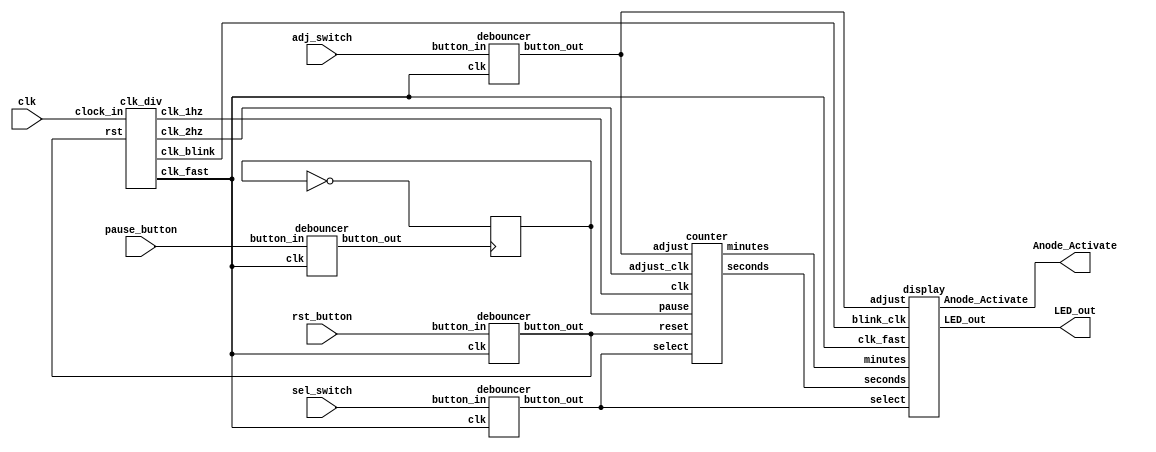
`timescale 1ns / 1ps

module arbiter (
    input wire clk,     // master clock
    input wire rst_button,
    input wire pause_button,
    input wire adj_switch,
    input wire sel_switch,
  	output wire [3:0] Anode_Activate,   // for the 7-segment display
  	output wire [6:0] LED_out   // for the 7-segment display
);

// Debounced inputs
wire pause, adj, sel, rst;

// Clocks
wire clk_2hz, clk_1hz, clk_fast, clk_blink;

// Counter outputs
wire [5:0] minutes, seconds;

// state for pause
reg paused;

// Initialize the pause state
initial begin
    paused = 0;
end

// Clock divider module instantiation
clk_div clk_divider (
    .clock_in(clk),
    .rst(rst),
    .clk_2hz(clk_2hz),
    .clk_1hz(clk_1hz),
    .clk_fast(clk_fast),
    .clk_blink(clk_blink)
);

// Debouncer modules instantiation
debouncer rst_deb (.clk(clk_fast), .button_in(rst_button), .button_out(rst));
debouncer pause_deb (.clk(clk_fast), .button_in(pause_button), .button_out(pause));
debouncer adj_deb (.clk(clk_fast), .button_in(adj_switch), .button_out(adj));
debouncer sel_deb (.clk(clk_fast), .button_in(sel_switch), .button_out(sel));
  

// Counter module instantiation
counter stopwatch_counter (
    .clk(clk_1hz),
    .reset(rst),
    .pause(paused),
    .adjust(adj),
    .select(sel),
    .adjust_clk(clk_2hz),
    .minutes(minutes),
    .seconds(seconds)
);

 //Display instantiation
display display_mux (
    .clk_fast(clk_fast),
    .minutes(minutes),
    .seconds(seconds),
    .adjust(adj),
    .select(sel),
    .blink_clk(clk_blink),
    .Anode_Activate(Anode_Activate),
    .LED_out(LED_out)
);

// Handle the pause functionality with a simple state machine
always @(posedge pause) begin
        paused <= ~paused;  // Toggle pause state on button press
end

endmodule

//MODULES
module clk_div(
input clock_in, // 100 MHz master clock, V10 on board
input rst,
output clk_2hz,
output clk_1hz,
output clk_fast,
output clk_blink
);
 
 reg[27:0] counter_2hz=28'd0;
 reg[27:0] counter_1hz=28'd0;
 reg[27:0] counter_fast=28'd0;
 reg[27:0] counter_blink=28'd0;
 reg clk_2hz_reg;
 reg clk_1hz_reg;
 reg clk_fast_reg;
 reg clk_blink_reg;
 parameter DIVISOR_2hz = 28'd25000000;
 parameter DIVISOR_1hz = 28'd50000000;
 parameter DIVISOR_fast = 28'd100000;
 parameter DIVISOR_blink = 28'd10000000;
// parameter DIVISOR_2hz = 28'd5;
// parameter DIVISOR_1hz = 28'd10;
// parameter DIVISOR_fast = 28'd2;
// parameter DIVISOR_blink = 28'd2;

 initial begin
counter_2hz <= 0;
 counter_1hz <= 0;
 counter_fast <= 0;
 counter_blink <= 0;
 clk_2hz_reg <= 0;
 clk_1hz_reg <= 0;
 clk_fast_reg <= 0;
 clk_blink_reg <= 0;
 end
 
 // The frequency of the output clk_out =  The frequency of the input clk_in divided by DIVISOR
 always @(posedge clock_in)
begin
  //Increment counters
  counter_2hz <= counter_2hz + 28'd1;
  counter_1hz <= counter_1hz + 28'd1;
  counter_fast <= counter_fast + 28'd1;
  counter_blink <= counter_blink + 28'd1;
   
   // Generate clock outputs based on counters
   if (counter_2hz == DIVISOR_2hz) begin
       clk_2hz_reg <= ~clk_2hz_reg;
       counter_2hz <= 0;
   end
   if (counter_1hz == DIVISOR_1hz) begin
       clk_1hz_reg <= ~clk_1hz_reg;
       counter_1hz <= 0;
   end
   if (counter_fast == DIVISOR_fast) begin
       clk_fast_reg <= ~clk_fast_reg;
       counter_fast <= 0;
   end
   if (counter_blink == DIVISOR_blink) begin 
       clk_blink_reg <= ~clk_blink_reg;
       counter_blink <= 0;
   end
 end
 
 assign clk_2hz = clk_2hz_reg;
 assign clk_1hz = clk_1hz_reg;
 assign clk_fast = clk_fast_reg;
 assign clk_blink = clk_blink_reg;
 
endmodule


module counter (
  input wire clk,
  input wire reset,
  input wire pause,
  input wire adjust,
  input wire select,
  input wire adjust_clk,
  output reg [5:0] minutes,
  output reg [5:0] seconds
);
    wire selected_clk;
  assign selected_clk = (!adjust) ? clk : adjust_clk;

  initial begin
    minutes = 0;
    seconds = 0;
  end
  
  always@(posedge selected_clk or posedge reset) begin
    if(reset) begin
      minutes <= 0;
      seconds <= 0;
      
    end else if (!adjust && !pause) begin
    
      if(seconds < 59) seconds <= seconds+1;
      else begin
        seconds <= 0;
        if(minutes < 59) minutes <= minutes + 1;
        else begin
          minutes <=0;
        end
      end
      
    end else if (adjust && !pause) begin
      //Check select pin
      if(select) begin
        //Increment minutes
        if(minutes < 59) minutes <= minutes + 1;
        else begin
          minutes <=0;
        end
      end else begin
        //Increment seconds
        if(seconds < 59) seconds <= seconds+1;
      	else seconds <= 0;
      end  
    end  
  end
endmodule


module display(
    input clk_fast,
    input [5:0] minutes,
    input [5:0] seconds,
    input adjust,
    input select,
    input blink_clk,
    output reg [3:0] Anode_Activate,
    output reg [6:0] LED_out
    );
    reg [3:0] LED_BCD;
    reg [19:0] refresh_counter; // 20-bit for creating 10.5ms refresh period or 380Hz refresh rate
             // the first 2 MSB bits for creating 4 LED-activating signals with 2.6ms digit period
    reg [1:0] LED_activating_counter; 
                 // count     0    ->  1  ->  2  ->  3
              // activates    LED1    LED2   LED3   LED4
             // and repeat
    initial 
    begin
    LED_activating_counter = 0;
    end
  	
    always @(posedge clk_fast) begin
        LED_activating_counter <= LED_activating_counter + 1;
    end

    // anode activating signals for 4 LEDs, digit period of 2.6ms
    // decoder to generate anode signals 
    always @(*)
    begin
        case(LED_activating_counter)
        2'b00: begin
            Anode_Activate = 4'b0111; 
            // activate LED1 and Deactivate LED2, LED3, LED4
            LED_BCD = minutes/10;
            // the first digit of the 16-bit number
              end
        2'b01: begin
            Anode_Activate = 4'b1011; 
            // activate LED2 and Deactivate LED1, LED3, LED4
            LED_BCD = minutes%10;
            // the second digit of the 16-bit number
              end
        2'b10: begin
            Anode_Activate = 4'b1101; 
            // activate LED3 and Deactivate LED2, LED1, LED4
            LED_BCD = seconds/10;
            // the third digit of the 16-bit number
                end
        2'b11: begin
            Anode_Activate = 4'b1110; 
            // activate LED4 and Deactivate LED2, LED3, LED1
            LED_BCD = seconds%10;
            // the fourth digit of the 16-bit number    
               end
        endcase
        
        if(blink_clk && adjust)begin
                if(select && ( Anode_Activate == 4'b0111 || Anode_Activate == 4'b1011)) 
                    begin
                     LED_out = 7'b1111111;
                    end
                else if(!select && (Anode_Activate == 4'b1101 || Anode_Activate == 4'b1110))
                    begin
                        LED_out = 7'b1111111;
                        $display(select);

                    end
           
                
              else begin
                case(LED_BCD)
                4'b0000: LED_out = 7'b0000001; // "0"     
                4'b0001: LED_out = 7'b1001111; // "1" 
                4'b0010: LED_out = 7'b0010010; // "2" 
                4'b0011: LED_out = 7'b0000110; // "3" 
                4'b0100: LED_out = 7'b1001100; // "4" 
                4'b0101: LED_out = 7'b0100100; // "5" 
                4'b0110: LED_out = 7'b0100000; // "6" 
                4'b0111: LED_out = 7'b0001111; // "7" 
                4'b1000: LED_out = 7'b0000000; // "8"     
                4'b1001: LED_out = 7'b0000100; // "9" 
                default: LED_out = 7'b0000001; // "0"
                endcase
              end
            end else begin
                            case(LED_BCD)
                            4'b0000: LED_out = 7'b0000001; // "0"     
                            4'b0001: LED_out = 7'b1001111; // "1" 
                            4'b0010: LED_out = 7'b0010010; // "2" 
                            4'b0011: LED_out = 7'b0000110; // "3" 
                            4'b0100: LED_out = 7'b1001100; // "4" 
                            4'b0101: LED_out = 7'b0100100; // "5" 
                            4'b0110: LED_out = 7'b0100000; // "6" 
                            4'b0111: LED_out = 7'b0001111; // "7" 
                            4'b1000: LED_out = 7'b0000000; // "8"     
                            4'b1001: LED_out = 7'b0000100; // "9" 
                            default: LED_out = 7'b0000001; // "0"
                            endcase
                          end
    end
    // Cathode patterns of the 7-segment LED display 
//    always @(*)
//    begin
//        if(blink_clk && adjust)begin
//        if(select && ( Anode_Activate == 4'b0111 || Anode_Activate == 4'b1011)) 
//            begin
//             LED_out = 7'b1111111;
//            end
//        else if(!select && (Anode_Activate == 4'b1101 || Anode_Activate == 4'b1110))
//            begin
//                LED_out = 7'b1111111;
//            end
//       end
   
        
//      else begin
//        case(LED_BCD)
//        4'b0000: LED_out = 7'b0000001; // "0"     
//        4'b0001: LED_out = 7'b1001111; // "1" 
//        4'b0010: LED_out = 7'b0010010; // "2" 
//        4'b0011: LED_out = 7'b0000110; // "3" 
//        4'b0100: LED_out = 7'b1001100; // "4" 
//        4'b0101: LED_out = 7'b0100100; // "5" 
//        4'b0110: LED_out = 7'b0100000; // "6" 
//        4'b0111: LED_out = 7'b0001111; // "7" 
//        4'b1000: LED_out = 7'b0000000; // "8"     
//        4'b1001: LED_out = 7'b0000100; // "9" 
//        default: LED_out = 7'b0000001; // "0"
//        endcase
//      end
//    end
 endmodule
 
  module debouncer (
   input clk,
   input button_in,
   output reg button_out
 );
     
    reg [1:0] count;
    parameter DEBOUNCE_THRESHOLD = 3;
   
   initial begin
     count = 0;
     button_out <= 0;
   end
 
   always @(posedge clk) begin
       if (button_in == button_out) begin
           count <= 0;
       end else begin
           count <= count + 1;
           if (count >= DEBOUNCE_THRESHOLD) begin
               button_out <= button_in;
               count <= 0;
           end
       end
   end
 endmodule